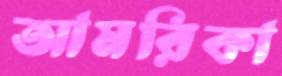
আমরিকা